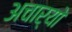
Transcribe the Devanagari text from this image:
अचार्यो